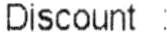
DISCOUNT :